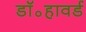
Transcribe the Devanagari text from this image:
डॉ॰हावर्ड